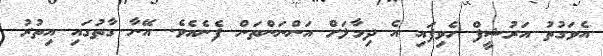
އެވަގުތު އަރުޝީފް ހެވިފައި އެ ދިމާލަށް އަންނަންތަން ފެނެއެވެ. އޭނާ ގާތުގައި އިތުރު